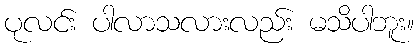
ပုလင်း ပါလာသလားလည်း မသိပါဘူး။